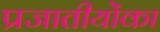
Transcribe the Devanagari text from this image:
प्रजातीयोंका